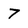
Character: 7